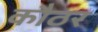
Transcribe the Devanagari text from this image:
कौठर